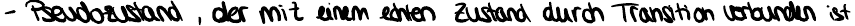
- Pseudozustand, der mit einem echten Zustand durch Transition verbunden ist